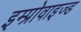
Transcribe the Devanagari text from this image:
इम्प्रोवाइज्ड